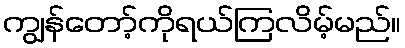
ကျွန်တော့်ကိုရယ်ကြလိမ့်မည်။